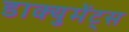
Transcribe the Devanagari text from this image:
डाक्युमेंट्स